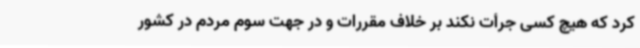
کرد که هیچ کسی جرأت نکند بر خلاف مقررات و در جهت سوم مردم در کشور